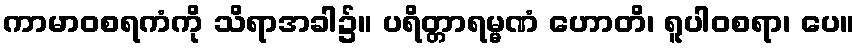
ကာမာဝစရကံကို သိရာအခါ၌။ ပရိတ္တာရမ္မဏံ ဟောတိ၊ ရူပါဝစရာ၊ ပေ။